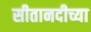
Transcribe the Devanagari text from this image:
सीतानदीच्या